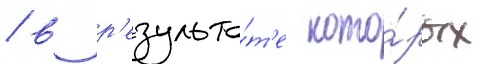
/ в р'езульта́т'е кото́рых